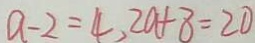
a - 2 = 4 , 2 a + 8 = 2 0